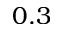
0 . 3